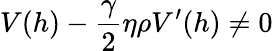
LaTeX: V(h)-\frac{\gamma}{2}\eta\rho V^{\prime}(h)\neq 0